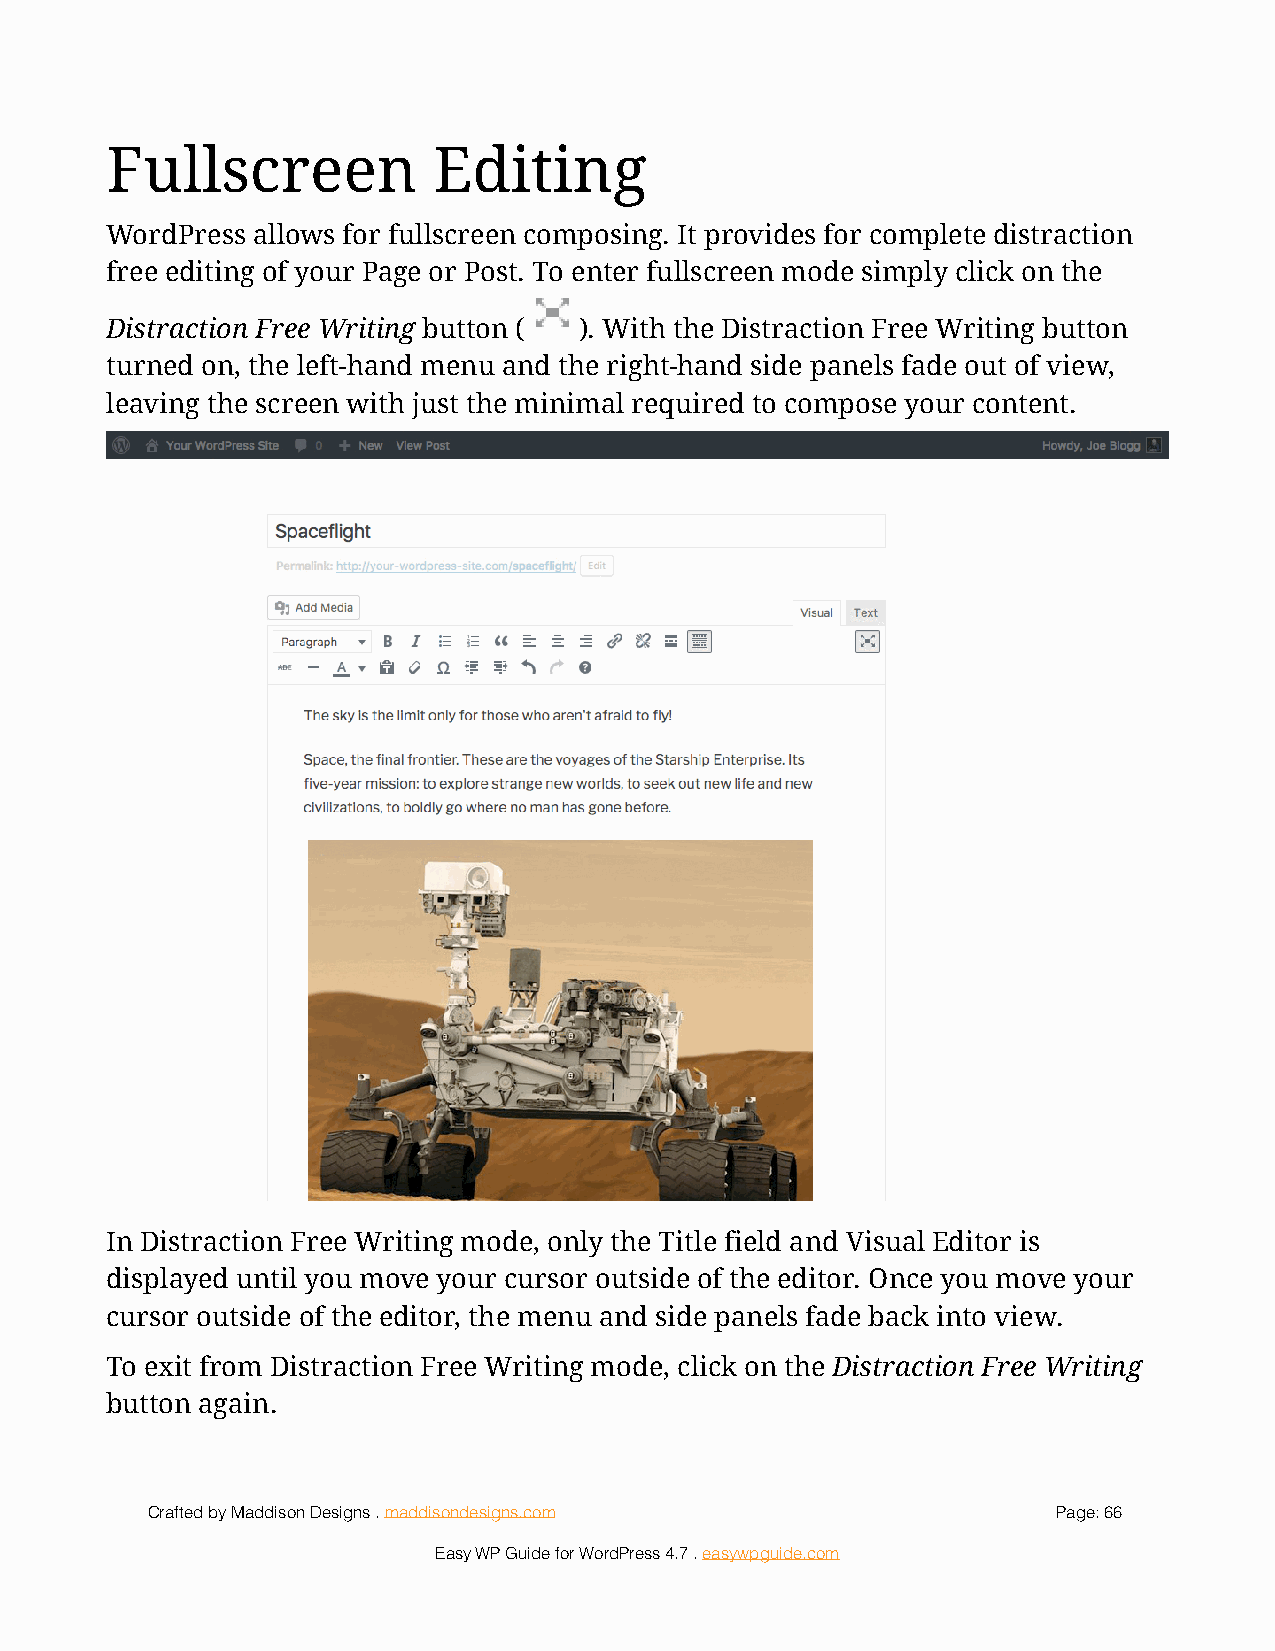
Fullscreen            Editing
 WordPress allows for fullscreen composing. It provides for complete distraction
 free editing of your Page or Post. To enter fullscreen mode simply click on the
 Distraction Free Writing button (! ). With the Distraction Free Writing button
 turned on, the left-hand menu and the right-hand side panels fade out of view,
 leaving the screen with just the minimal required to compose your content.
 !
 In Distraction Free Writing mode, only the Title field and Visual Editor is
 displayed until you move your cursor outside of the editor. Once you move your
 cursor outside of the editor, the menu and side panels fade back into view.
 To exit from Distraction Free Writing mode, click on the Distraction Free Writing
 button again.
 Crafted by Maddison Designs . maddisondesigns.com           Page: 6 6
 Easy WP Guide for WordPress 4.7 . easywpguide.com